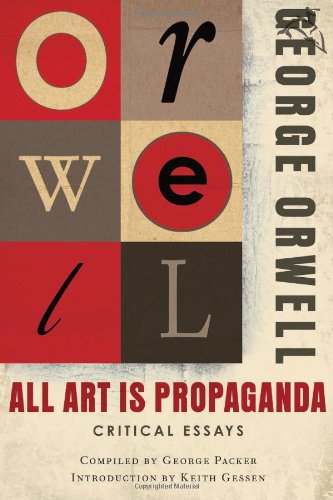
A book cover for All Art Is Propaganda; George Orwell; Literature & Fiction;